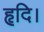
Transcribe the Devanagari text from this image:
हृदि।